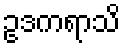
ဥဒကရာသိ